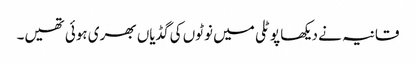
قانیہ نے دیکھا پوٹلی میں نوٹوں کی گڈیاں بھری ہوئی تھیں۔